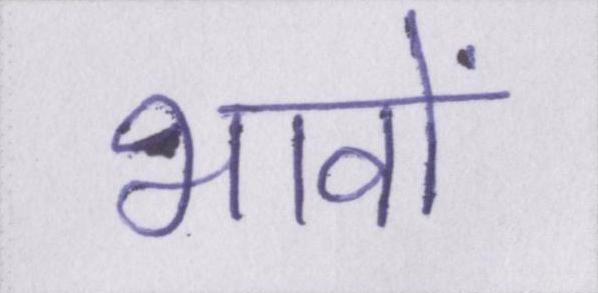
भावों